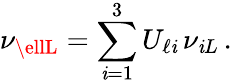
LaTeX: \nu_{\ellL}=\sum_{\mathit{i}=1}^{3}U_{\ell\mathit{i}}\, \nu_{\mathit{i}L}\, .